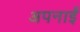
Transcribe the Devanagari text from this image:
अपनाईं